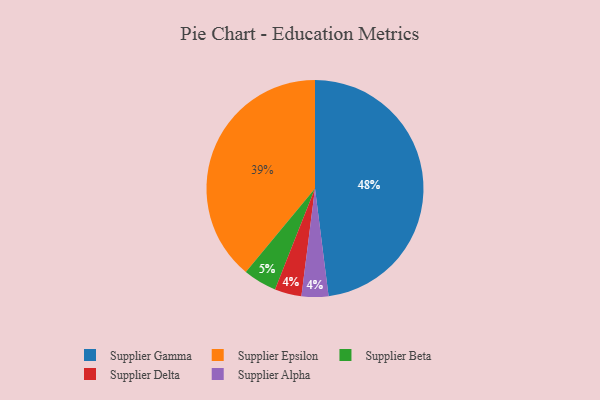
{"axis": {"x": "Category", "y": "Percentage"}, "legend": ["Supplier Alpha", "Supplier Beta", "Supplier Delta", "Supplier Epsilon", "Supplier Gamma"], "data": [{"x": "Supplier Delta", "y": 4, "type": "Supplier Delta"}, {"x": "Supplier Alpha", "y": 4, "type": "Supplier Alpha"}, {"x": "Supplier Gamma", "y": 48, "type": "Supplier Gamma"}, {"x": "Supplier Beta", "y": 5, "type": "Supplier Beta"}, {"x": "Supplier Epsilon", "y": 39, "type": "Supplier Epsilon"}]}